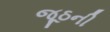
જૂઠની